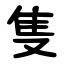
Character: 隻